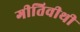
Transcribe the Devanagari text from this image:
गीतिवीथी